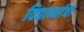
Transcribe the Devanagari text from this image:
विद्यार्थ्याचा